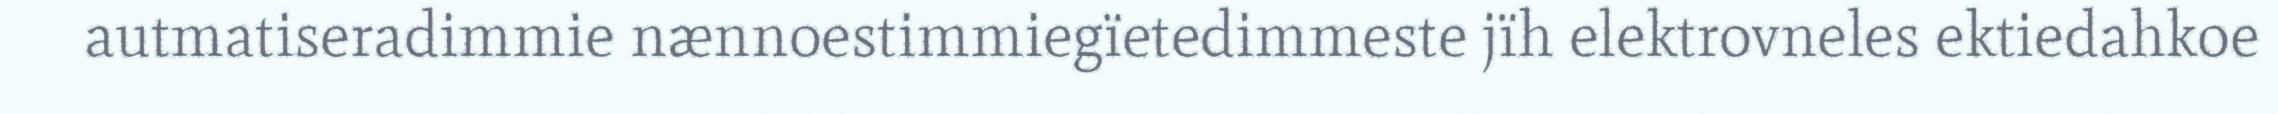
autmatiseradimmie nænnoestimmiegïetedimmeste jïh elektrovneles ektiedahkoe